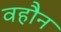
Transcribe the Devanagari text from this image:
वहौन